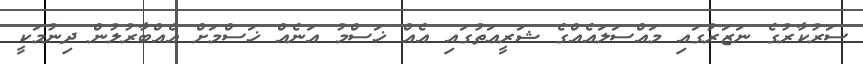
ސަރުކާރުގެ ނަޒަރުގައި މައްސަލައެއްގެ ޝަރީޢަތުގައި އެއް ޚަސްމު އަނެއް ޚަސްމަށް އެއްބާރުލުން ދިނުމަކީ